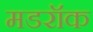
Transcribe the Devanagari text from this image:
मडरॉक